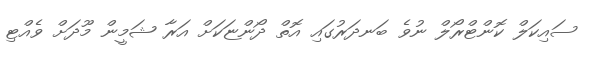
ސައިކަލް ކޮންޓްރޯލް ނުވެ ބަނދަރުގައި އޮތް ދޯންޏަކަށް އަރާ ޝަމީން މޫދަށް ވެއްޓި